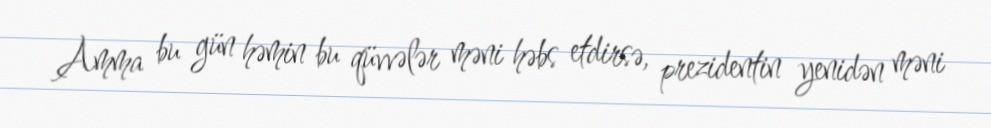
Amma bu gün həmin bu qüvvələr məni həbs etdirsə, prezidentin yenidən məni